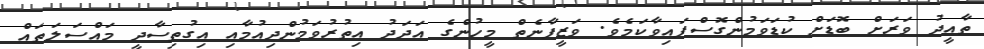
ތާއީދު ވަރަށް ބޮޑަށް ކުޑަވަމުންގޮސްފައިވާކަމެވެ. ވަޒީފާނެތް މީހުންގެ އަދަދު އިތުރުވަމުންދިއުމާއި އިގުތިސާދީ މައްސަލަތައް